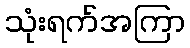
သုံးရက်အကြာ